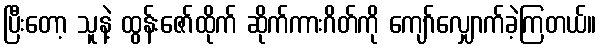
ပြီးတော့ သူနဲ့ ထွန်းဇော်ထိုက် ဆိုက်ကားဂိတ်ကို ကျော်လျှောက်ခဲ့ကြတယ်။